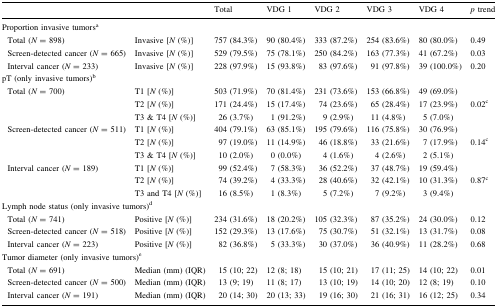
<table><thead><tr><td colspan="2"></td><td><b>Total</b></td><td><b>VDG 1</b></td><td><b>VDG 2</b></td><td><b>VDG 3</b></td><td><b>VDG 4</b></td><td><b><i>p</i> trend</b></td></tr></thead><tbody><tr><td colspan="8">Proportion invasive tumors<sup>a</sup></td></tr><tr><td> Total (<i>N</i> = 898)</td><td>Invasive [<i>N</i> (%)]</td><td>757 (84.3%)</td><td>90 (80.4%)</td><td>333 (87.2%)</td><td>254 (83.6%)</td><td>80 (80.0%)</td><td>0.49</td></tr><tr><td> Screen-detected cancer (<i>N</i> = 665)</td><td>Invasive [<i>N</i> (%)]</td><td>529 (79.5%)</td><td>75 (78.1%)</td><td>250 (84.2%)</td><td>163 (77.3%)</td><td>41 (67.2%)</td><td>0.03</td></tr><tr><td> Interval cancer (<i>N</i> = 233)</td><td>Invasive [<i>N</i> (%)]</td><td>228 (97.9%)</td><td>15 (93.8%)</td><td>83 (97.6%)</td><td>91 (97.8%)</td><td>39 (100.0%)</td><td>0.20</td></tr><tr><td colspan="8">pT (only invasive tumors)<sup>b</sup></td></tr><tr><td rowspan="3"> Total (<i>N</i> = 700)</td><td>T1 [<i>N</i> (%)]</td><td>503 (71.9%)</td><td>70 (81.4%)</td><td>231 (73.6%)</td><td>153 (66.8%)</td><td>49 (69.0%)</td><td></td></tr><tr><td>T2 [<i>N</i> (%)]</td><td>171 (24.4%)</td><td>15 (17.4%)</td><td>74 (23.6%)</td><td>65 (28.4%)</td><td>17 (23.9%)</td><td>0.02<sup>c</sup></td></tr><tr><td>T3 &amp; T4 [<i>N</i> (%)]</td><td>26 (3.7%)</td><td>1 (91.2%)</td><td>9 (2.9%)</td><td>11 (4.8%)</td><td>5 (7.0%)</td><td></td></tr><tr><td rowspan="3"> Screen-detected cancer (<i>N</i> = 511)</td><td>T1 [<i>N</i> (%)]</td><td>404 (79.1%)</td><td>63 (85.1%)</td><td>195 (79.6%)</td><td>116 (75.8%)</td><td>30 (76.9%)</td><td></td></tr><tr><td>T2 [<i>N</i> (%)]</td><td>97 (19.0%)</td><td>11 (14.9%)</td><td>46 (18.8%)</td><td>33 (21.6%)</td><td>7 (17.9%)</td><td>0.14<sup>c</sup></td></tr><tr><td>T3 &amp; T4 [<i>N</i> (%)]</td><td>10 (2.0%)</td><td>0 (0.0%)</td><td>4 (1.6%)</td><td>4 (2.6%)</td><td>2 (5.1%)</td><td></td></tr><tr><td rowspan="3"> Interval cancer (<i>N</i> = 189)</td><td>T1 [<i>N</i> (%)]</td><td>99 (52.4%)</td><td>7 (58.3%)</td><td>36 (52.2%)</td><td>37 (48.7%)</td><td>19 (59.4%)</td><td></td></tr><tr><td>T2 [<i>N</i> (%)]</td><td>74 (39.2%)</td><td>4 (33.3%)</td><td>28 (40.6%)</td><td>32 (42.1%)</td><td>10 (31.3%)</td><td>0.87<sup>c</sup></td></tr><tr><td>T3 and T4 [<i>N</i> (%)]</td><td>16 (8.5%)</td><td>1 (8.3%)</td><td>5 (7.2%)</td><td>7 (9.2%)</td><td>3 (9.4%)</td><td></td></tr><tr><td colspan="8">Lymph node status (only invasive tumors)<sup>d</sup></td></tr><tr><td> Total (<i>N</i> = 741)</td><td>Positive [<i>N</i> (%)]</td><td>234 (31.6%)</td><td>18 (20.2%)</td><td>105 (32.3%)</td><td>87 (35.2%)</td><td>24 (30.0%)</td><td>0.12</td></tr><tr><td> Screen-detected cancer (<i>N</i> = 518)</td><td>Positive [<i>N</i> (%)]</td><td>152 (29.3%)</td><td>13 (17.6%)</td><td>75 (30.7%)</td><td>51 (32.1%)</td><td>13 (31.7%)</td><td>0.08</td></tr><tr><td> Interval cancer (<i>N</i> = 223)</td><td>Positive [<i>N</i> (%)]</td><td>82 (36.8%)</td><td>5 (33.3%)</td><td>30 (37.0%)</td><td>36 (40.9%)</td><td>11 (28.2%)</td><td>0.68</td></tr><tr><td colspan="8">Tumor diameter (only invasive tumors)<sup>e</sup></td></tr><tr><td> Total (<i>N</i> = 691)</td><td>Median (mm) (IQR)</td><td>15 (10; 22)</td><td>12 (8; 18)</td><td>15 (10; 21)</td><td>17 (11; 25)</td><td>14 (10; 22)</td><td>0.01</td></tr><tr><td> Screen-detected cancer (<i>N</i> = 500)</td><td>Median (mm) (IQR)</td><td>13 (9; 19)</td><td>11 (8; 17)</td><td>13 (10; 19)</td><td>14 (10; 20)</td><td>12 (8; 19)</td><td>0.10</td></tr><tr><td> Interval cancer (<i>N</i> = 191)</td><td>Median (mm) (IQR)</td><td>20 (14; 30)</td><td>20 (13; 33)</td><td>19 (16; 30)</td><td>21 (16; 31)</td><td>16 (12; 25)</td><td>0.34</td></tr></tbody></table>